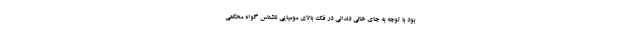
بود با توجه به جای خالی دندانی در فک بالای مومیایی ناشناس گواه محکمی